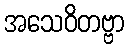
အသေဝိတဗ္ဗာ